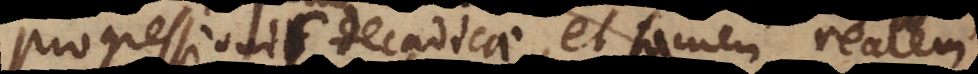
progressionis decadicae, et tamen realem